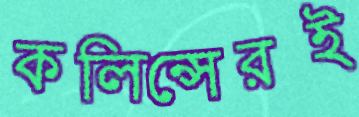
কলিন্সেরই